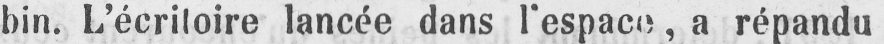
bin. L’écritoire lancée dans l’espace, a répandu